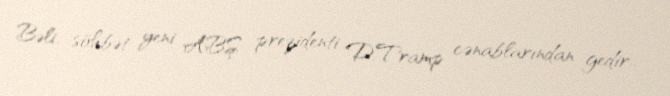
Bəli, söhbət yeni ABŞ prezidenti D.Tramp cənablarından gedir..